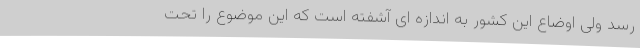
رسد ولی اوضاع این کشور به اندازه ای آشفته است که این موضوع را تحت